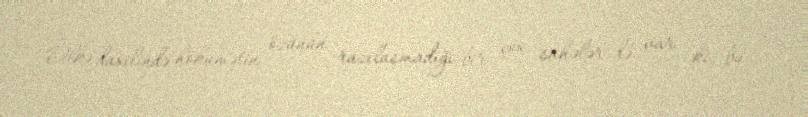
Ölkə daxilində hökumətin özünün razılaşmadığı bir çox sahələr də var ki, bu